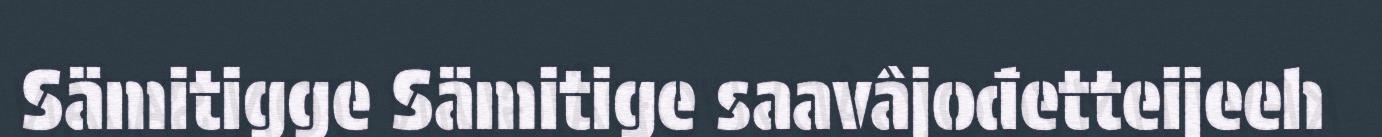
Sämitigge Sämitige saavâjođetteijeeh